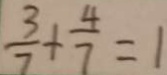
\frac { 3 } { 7 } + \frac { 4 } { 7 } = 1